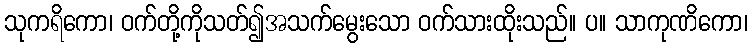
သုကရိကော၊ ဝက်တို့ကိုသတ်၍အသက်မွေးသော ဝက်သားထိုးသည်။ ပ။ သာကုဏိကော၊